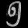
Digit: ၅